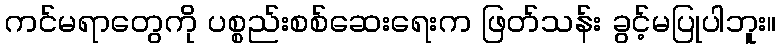
ကင်မရာတွေကို ပစ္စည်းစစ်ဆေးရေးက ဖြတ်သန်း ခွင့်မပြုပါဘူး။